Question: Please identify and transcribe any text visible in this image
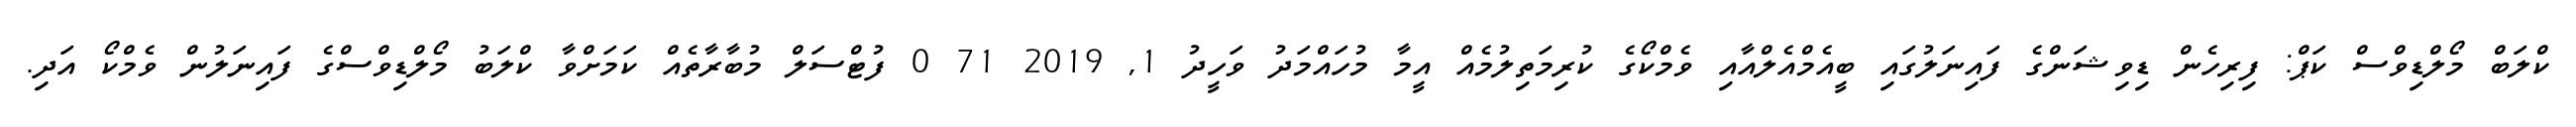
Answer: ކްލަބް މޯލްޑިވްސް ކަޕް: ފިރިހެން ޑިވިޝަންގެ ފައިނަލުގައި ބީއެމްއެލްއާއި ވެމްކޯގެ ކުރިމަތިލުމެއް އީމާ މުހައްމަދު ވަހީދު 1, 2019 71 0 ފުޓްސަލް މުބާރާތެއް ކަމަށްވާ ކްލަބު މޯލްޑިވްސްގެ ފައިނަލުން ވެމްކޯ އަދި.